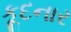
કૂદનાર